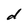
Character: d